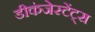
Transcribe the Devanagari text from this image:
डीकंजेस्टेंट्स